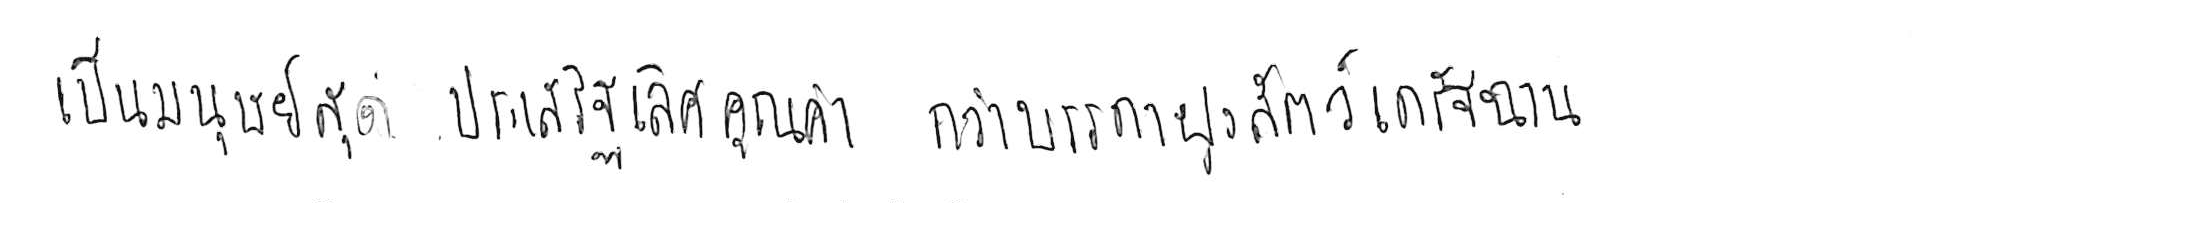
เป็นมนุษย์สุดประเสริฐเลิศคุณค่า กว่าบรรดาฝูงสัตว์เดรัจฉาน